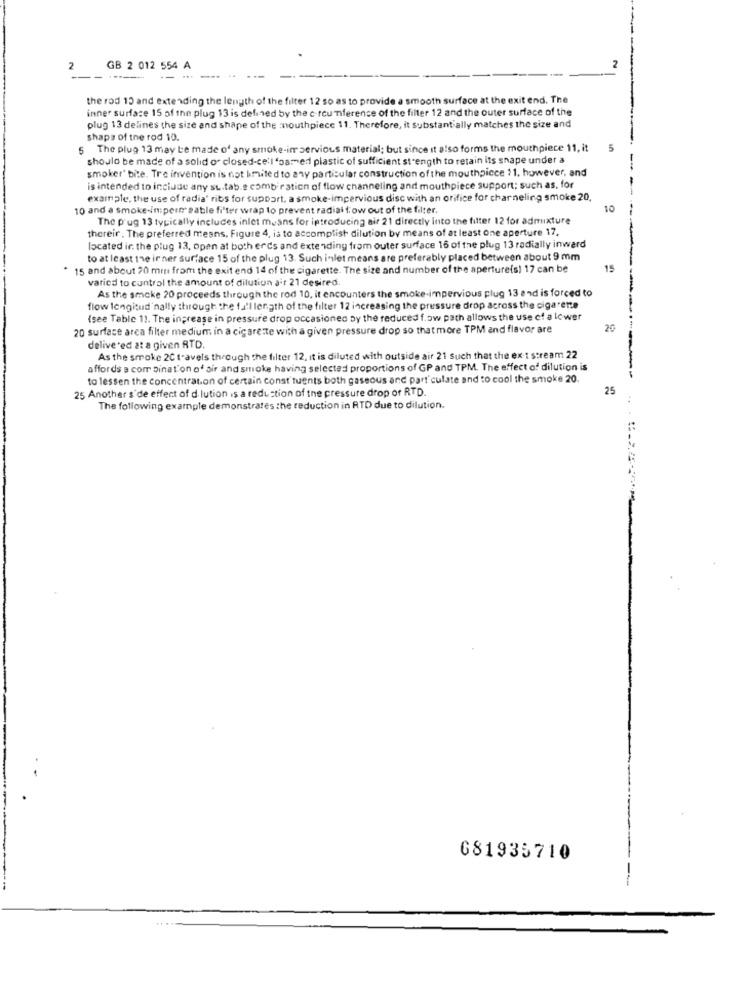
2
GB 2 012 554 A
--- -
the rod 10 and extending the length of the filter 12 so as to provide a smooth surface at the exit end. The
inner surface 15 of the plug 13 is defined by the c rou niference of the filter 12 and the outer surface of the
plug 13 delines the size and shape of the mouthpiece 11. Therefore, it substantially matches the size and
shape of the rod 10.
5 The plug 13 may be made of any smoke-impervious material; but since it also forms the mouthpiece 11, it
should be made of a solid of closed-cell 'samed plastic of sufficient strength to retain its snape under a
smoker' bite. Tre invention is not kmited to any particular construction of the mouthpiece $1. however, and
is intended to include any su.tab.s combiration of flow channeling and mouthpiece support; such as, for
example, the use of radia' ribs for support, a smoke-impervious disc with an orifice for charneling smoke 20,
10 and a smoke-in:pern sable filter wrap to prevent radial frow out of the filter.
10
The p'ug 13 typically includes inlet means for introducing air 21 directly into the filter 12 for admixture
thereir, The preferred means, Figure 4, is to accomplish dilution by means of at least one aperture 17,
located ir. the plug 13, open at both ercs and extending from outer surface 16 of the plug 13 radially inward
to at least the ir ner surface 15 of the plug 13. Such inlet means are preferably placed between about 9 mm
* 15 and about 20 mm from the exit end 14 of the cigarette. The size and number of the aperture(s) 17 can be
15
varied to control the amount of dilution air 21 desired
As the smoke 20 proceeds through the rod 10, it encounters the smoke-impervious plug 13 and is forced to
flow longitudinally through the fall length of the filter 12 increasing the pressure drop across the cigarette
(see Table 1). The increase in pressure drop occasioneo by the reduced f.ow path allows the use of a lower
20 surface area filter medium in a cigarette with a given pressure drop so that more TPM and flavor are
20
delivered at a given RTD
As the smoke 2C travels through the filter 12, it is diluted with outside air 21 such that the ex-t stream 22
affords a com Dinat'on of air and smoke having selected proportions of GP and TPM. The effect of dilution is
to lessen the concentration of certain const'tuents both gaseous and part'culate and to cool the smoke 20.
25 Another s'de effect of d lution is a reduction of the pressure drop of RTD.
25
The following example demonstrates the reduction in ATD due to dilution.
:
681935710